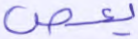
يعص